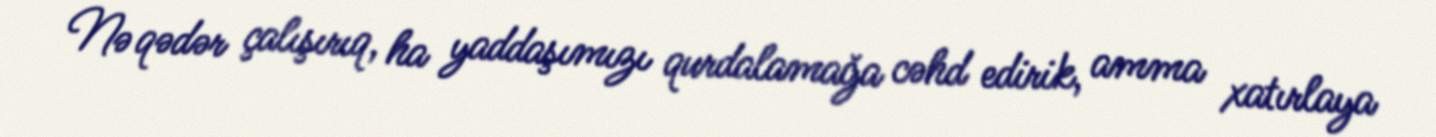
Nə qədər çalışırıq, ha yaddaşımızı qurdalamağa cəhd edirik, amma xatırlaya